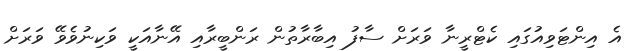
އެ އިންޓަވިއުގައި ކެޓްރީނާ ވަރަށް ސާފު އިބާރާތުން ރަންބީރާއި އޭނާއަކީ ވަކިނުވެވޭ ވަރަށް